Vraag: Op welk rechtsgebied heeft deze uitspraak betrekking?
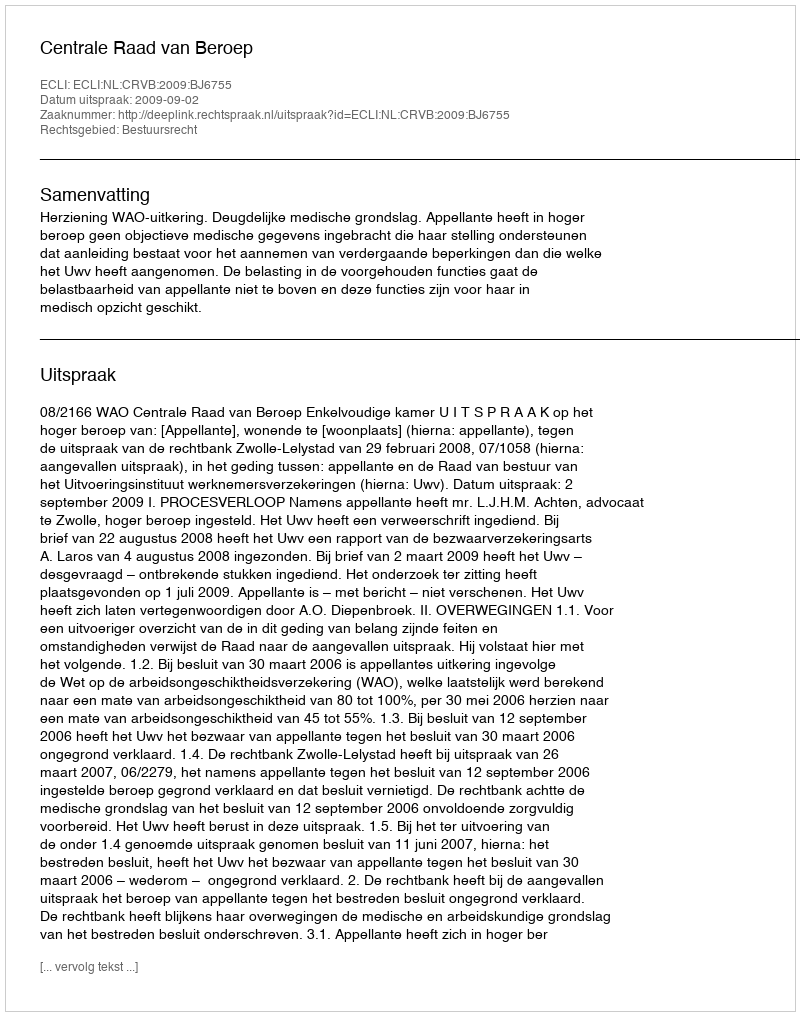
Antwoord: Bestuursrecht